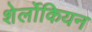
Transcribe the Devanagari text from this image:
शेर्लोकियन